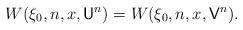
LaTeX: \begin{align*}W(\xi_0,n,x,\mathsf{U}^n)=W(\xi_0,n,x,\mathsf{V}^n).\end{align*}